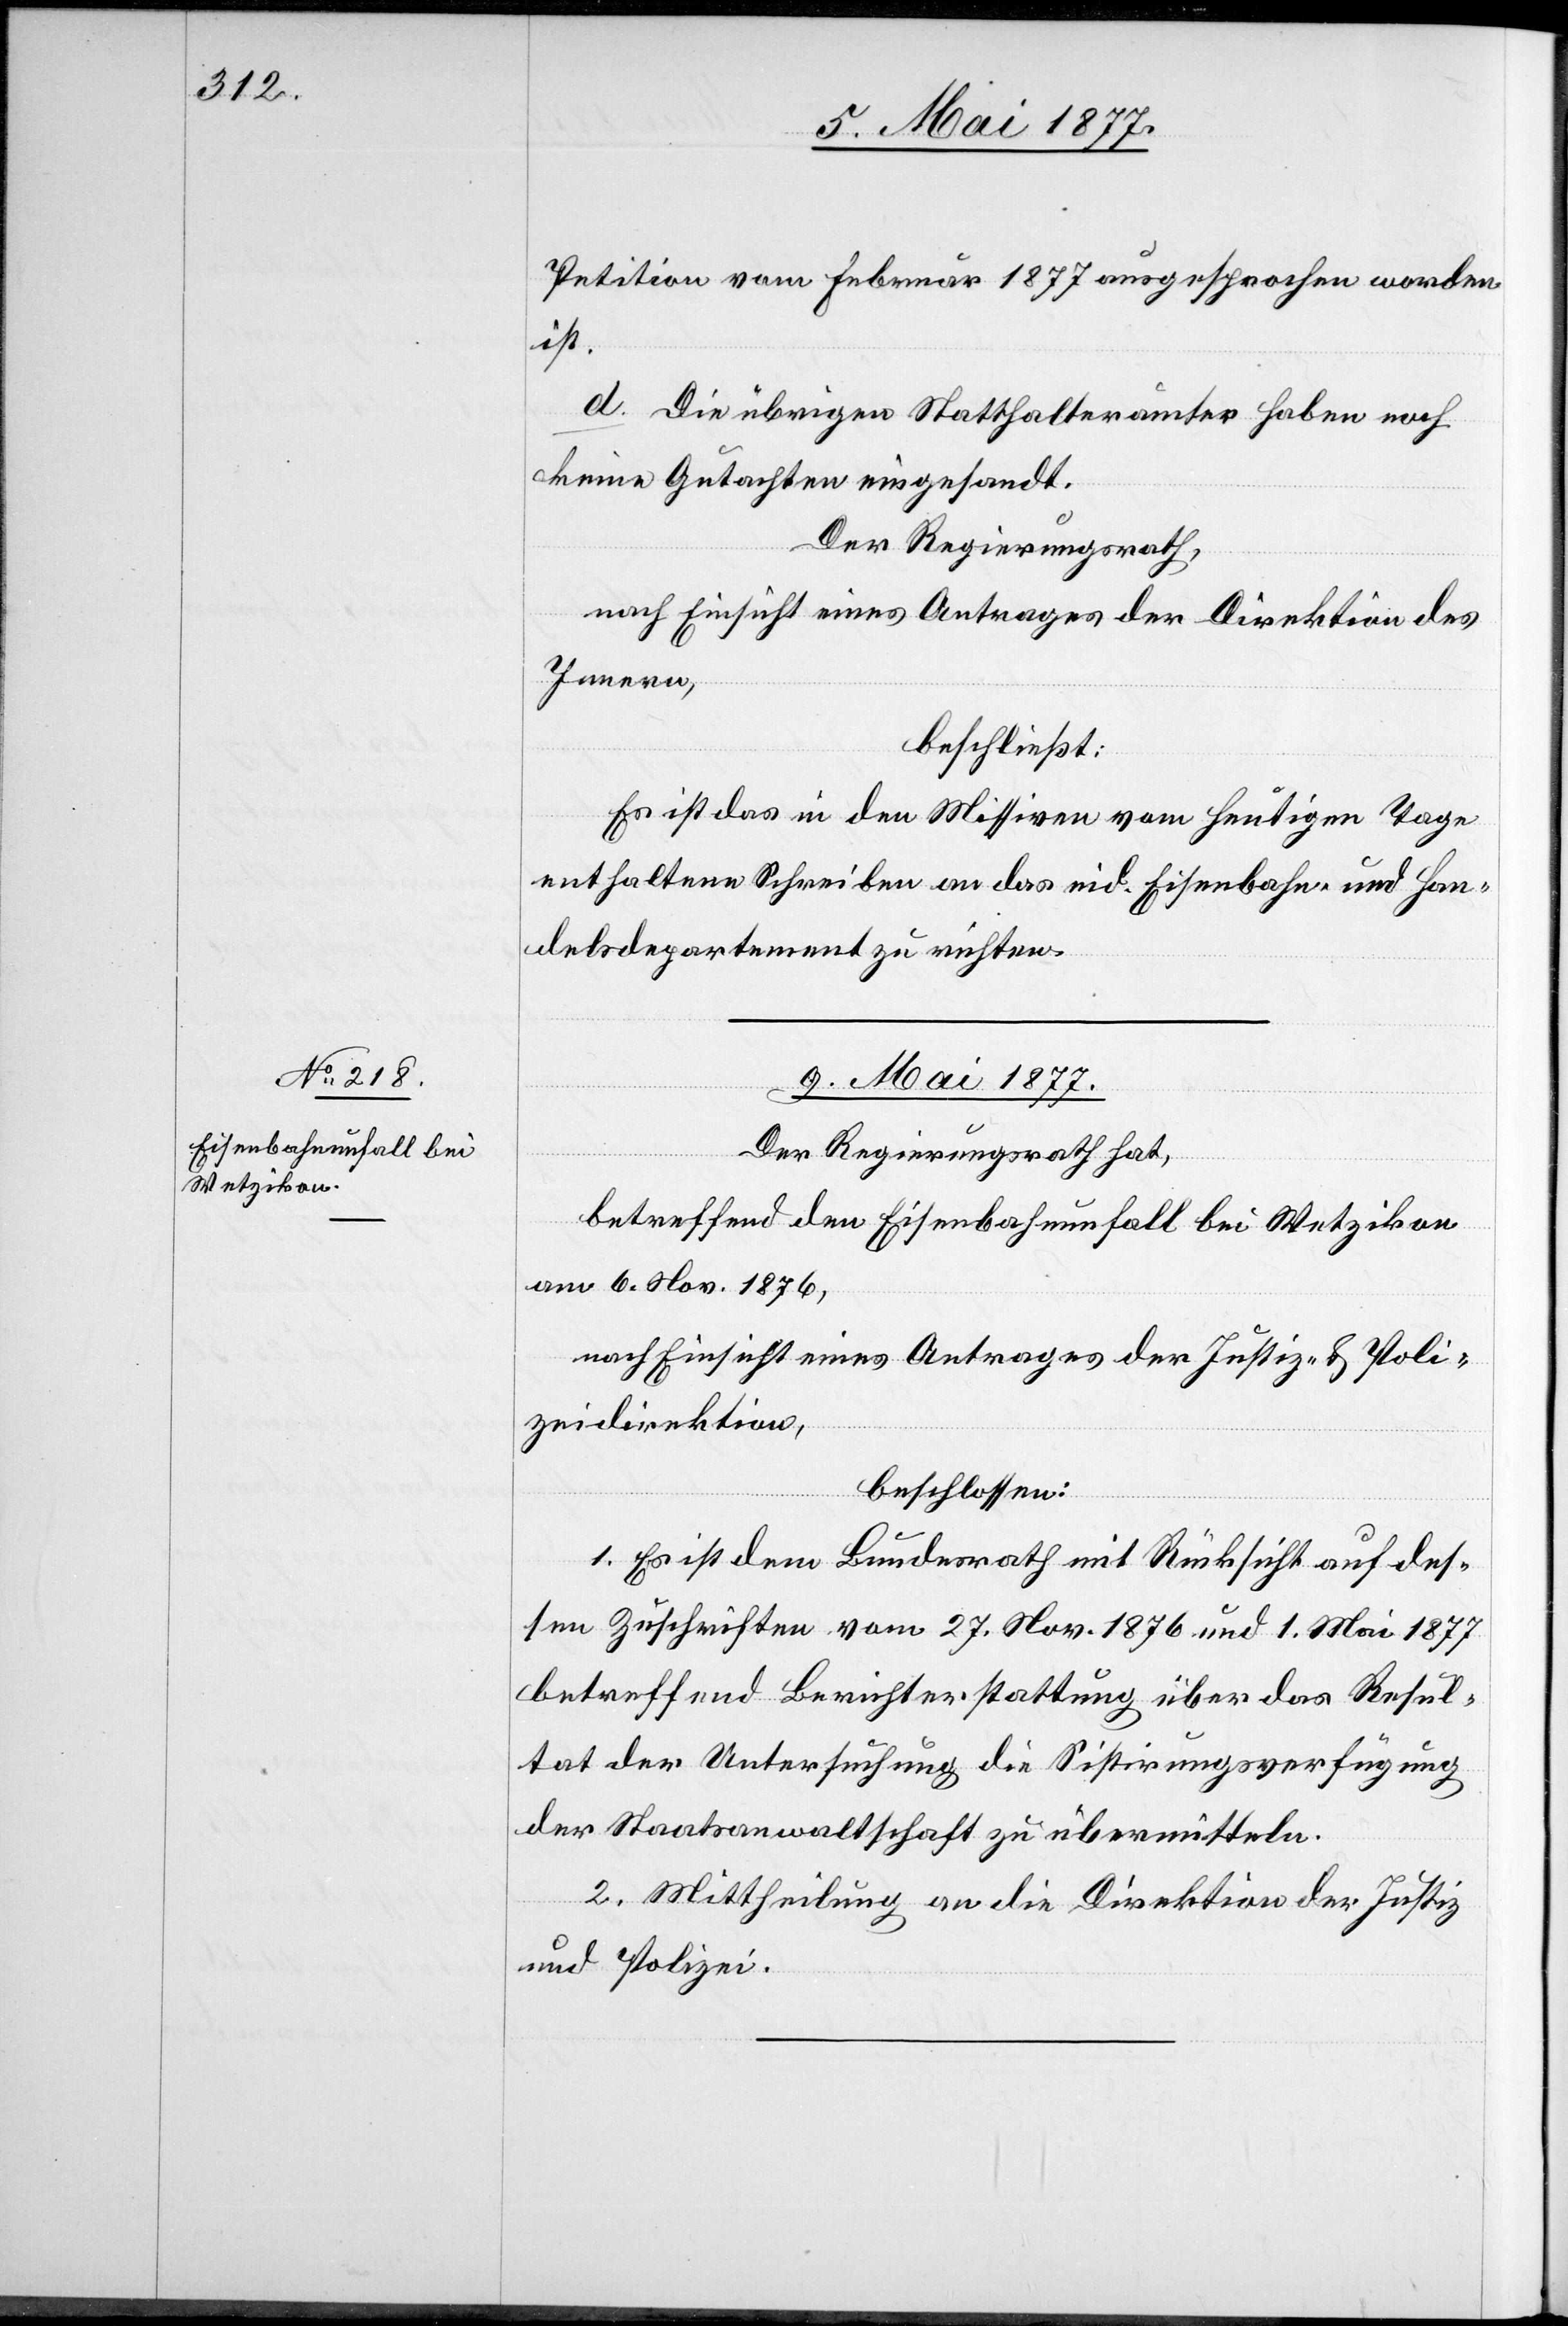
Petition vom Februar 1877 ausgesprochen worden
ist.
d. Die übrigen Statthalterämter haben noch
keine Gutachten eingesandt.
Der Regierungsrath,
nach Einsicht eines Antrages der Direktion des
Innern,
beschließt:
Es ist das in den Missiven vom heutigen Tage
enthaltene Schreiben an das eid. Eisenbahn- und Han¬
delsdepartement zu richten.
9. Mai 1877.
Der Regierungsrath hat,
betreffend den Eisenbahnunfall bei Wetzikon
am 6. Nov. 1876,
nach Einsicht eines Antrages der Justiz- & Poli¬
zeidirektion,
beschlossen:
1. Es ist dem Bundesrath mit Rücksicht auf des¬
sen Zuschriften vom 27. Nov. 1876 und 1. Mai 1877
betreffend Berichterstattung über das Resul¬
tat der Untersuchung die Sistirungsverfügung
der Staatsanwaltschaft zu übermitteln.
2. Mittheilung an die Direktion der Justiz
und Polizei.